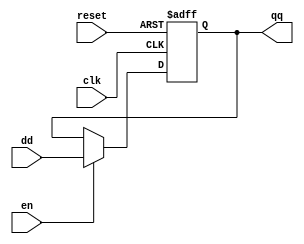
`timescale 1ns / 1ps
//////////////////////////////////////////////////////////////////////////////////
// Company: 
// Engineer: 
// 
// Design Name: 
// Module Name:    Registro_2 
// Project Name: 
// Target Devices: 
// Tool versions: 
// Description: 
//
// Dependencies: 
//
// Revision: 
// Revision 0.01 - File Created
// Additional Comments: 
//
//////////////////////////////////////////////////////////////////////////////////
module Registro_2(

input wire clk, reset ,
input wire en ,
input wire [4:0] dd ,
output reg [4:0] qq
);

always @(posedge clk, posedge reset)
if (reset)
qq <= 5'd0;
else if (en)
qq <= dd ;

endmodule